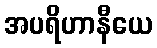
အပရိဟာနီယေ